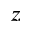
z